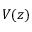
V ( z )